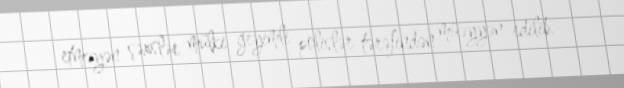
etməyən şəxslər mülki geyimli polislər tərəfindən müəyyən edilib.